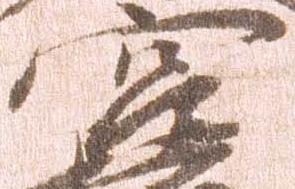
宮